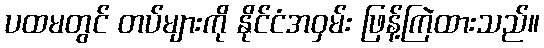
ပထမတွင် တပ်များကို နိုင်ငံအဝှမ်း ဖြန့်ကြဲထားသည်။